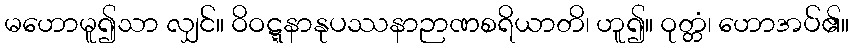
မဟောမူ၍သာ လျှင်။ ဝိဝဋ္ဋနာနုပဿနာဉာဏစရိယာတိ၊ ဟူ၍။ ဝုတ္တံ၊ ဟောအပ်၏။